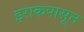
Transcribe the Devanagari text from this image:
इराकपासून